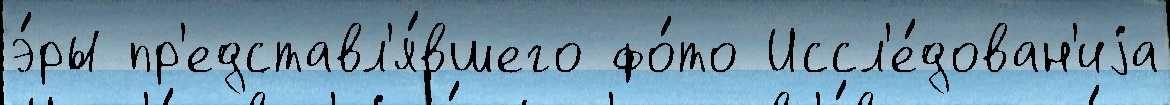
э́ры пр'едставл'я́вшего фо́то Иссл'е́дован'иjа